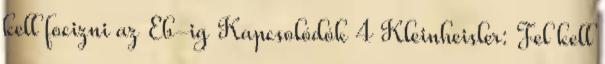
kell focizni az Eb-ig Kapcsolódók 4 Kleinheisler: Fel kell